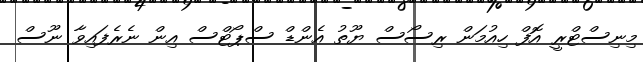
މިނިސްޓްރީ އޮފް ހިއުމަން ރިސޯސް ޔޫތު އެންޑް ސްޕޯޓްސް އިން ނެރެފައިވާ ނޫސް